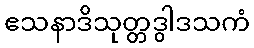
ဧသနာဒိသုတ္တဒွါဒသကံ